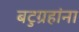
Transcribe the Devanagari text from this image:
बटुग्रहांना